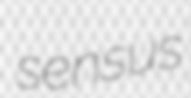
sensus